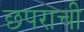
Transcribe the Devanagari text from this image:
छपराची